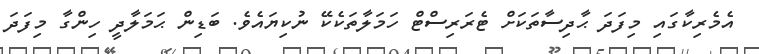
އެމެރިކާގައި މިފަދަ ޙާދިސާތަކަށް ޓެރަރިސްޓް ހަމަލާތަކެކޭ ނުކިޔައެވެ. ބަޑިން ޙަމަލާދީ ހިންގާ މިފަދަ